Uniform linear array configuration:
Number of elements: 64
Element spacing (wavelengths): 0.25
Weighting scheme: kaiser
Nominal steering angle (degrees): -60
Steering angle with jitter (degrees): -61.114
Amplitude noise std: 0.05
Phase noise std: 0.05

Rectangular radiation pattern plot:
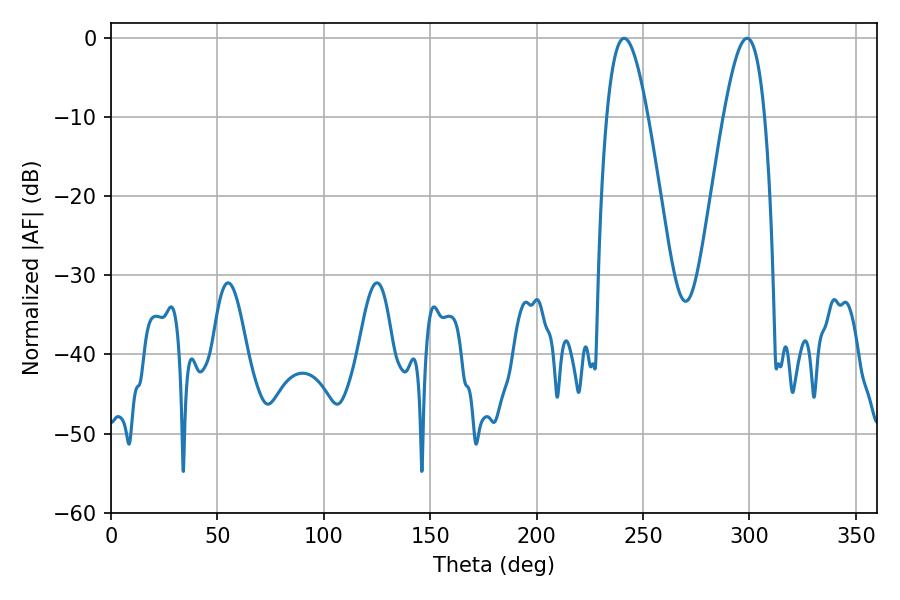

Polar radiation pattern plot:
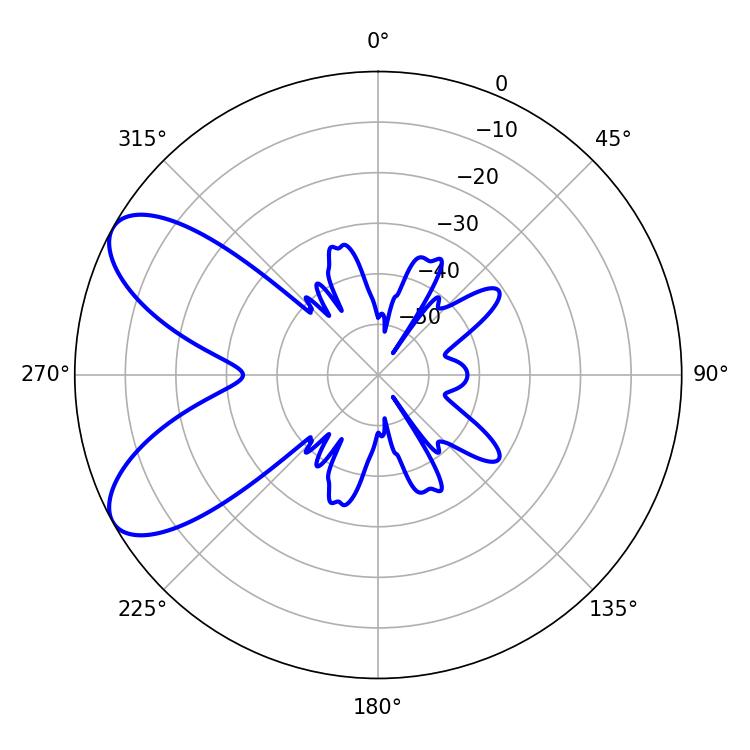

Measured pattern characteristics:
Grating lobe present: FALSE
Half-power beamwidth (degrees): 10.44
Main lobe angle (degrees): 298.98